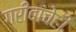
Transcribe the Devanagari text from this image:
गरीबांचेही